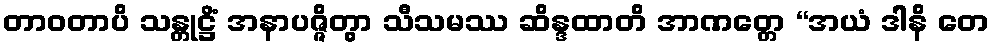
တာဝတာပိ သန္တုဋ္ဌိံ အနာပဇ္ဇိတွာ သီသမဿ ဆိန္ဒထာတိ အာဏတ္တေ “အယံ ဒါနိ တေ